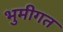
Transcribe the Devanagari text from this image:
भुमीगत